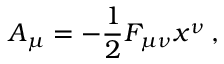
A \sb \mu = - \frac { 1 } { 2 } F \sb { \mu \nu } x \sp \nu \, ,